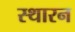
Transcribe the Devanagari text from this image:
स्थारन